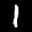
Label: 1